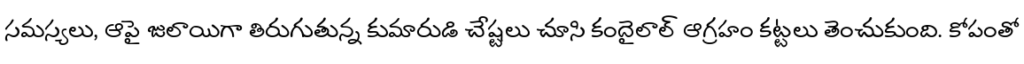
సమస్యలు, ఆపై జులాయిగా తిరుగుతున్న కుమారుడి చేష్టలు చూసి కందైలాల్ ఆగ్రహం కట్టలు తెంచుకుంది. కోపంతో